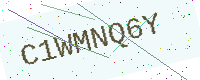
Text: C1WMNQ6Y